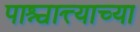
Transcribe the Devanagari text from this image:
पाश्चात्त्याच्या